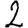
Digit: 2